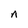
Character: n